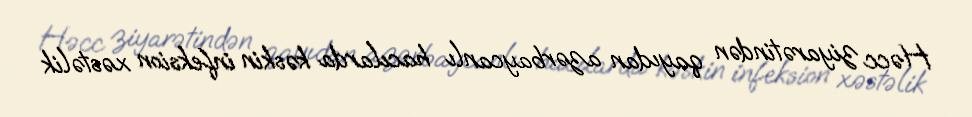
Həcc ziyarətindən qayıdan azərbaycanlı hacılarda kəskin infeksion xəstəlik